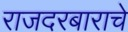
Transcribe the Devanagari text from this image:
राजदरबाराचे